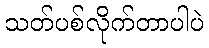
သတ်ပစ်လိုက်တာပါပဲ